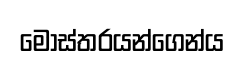
මෝස්තරයන්ගෙන්ය